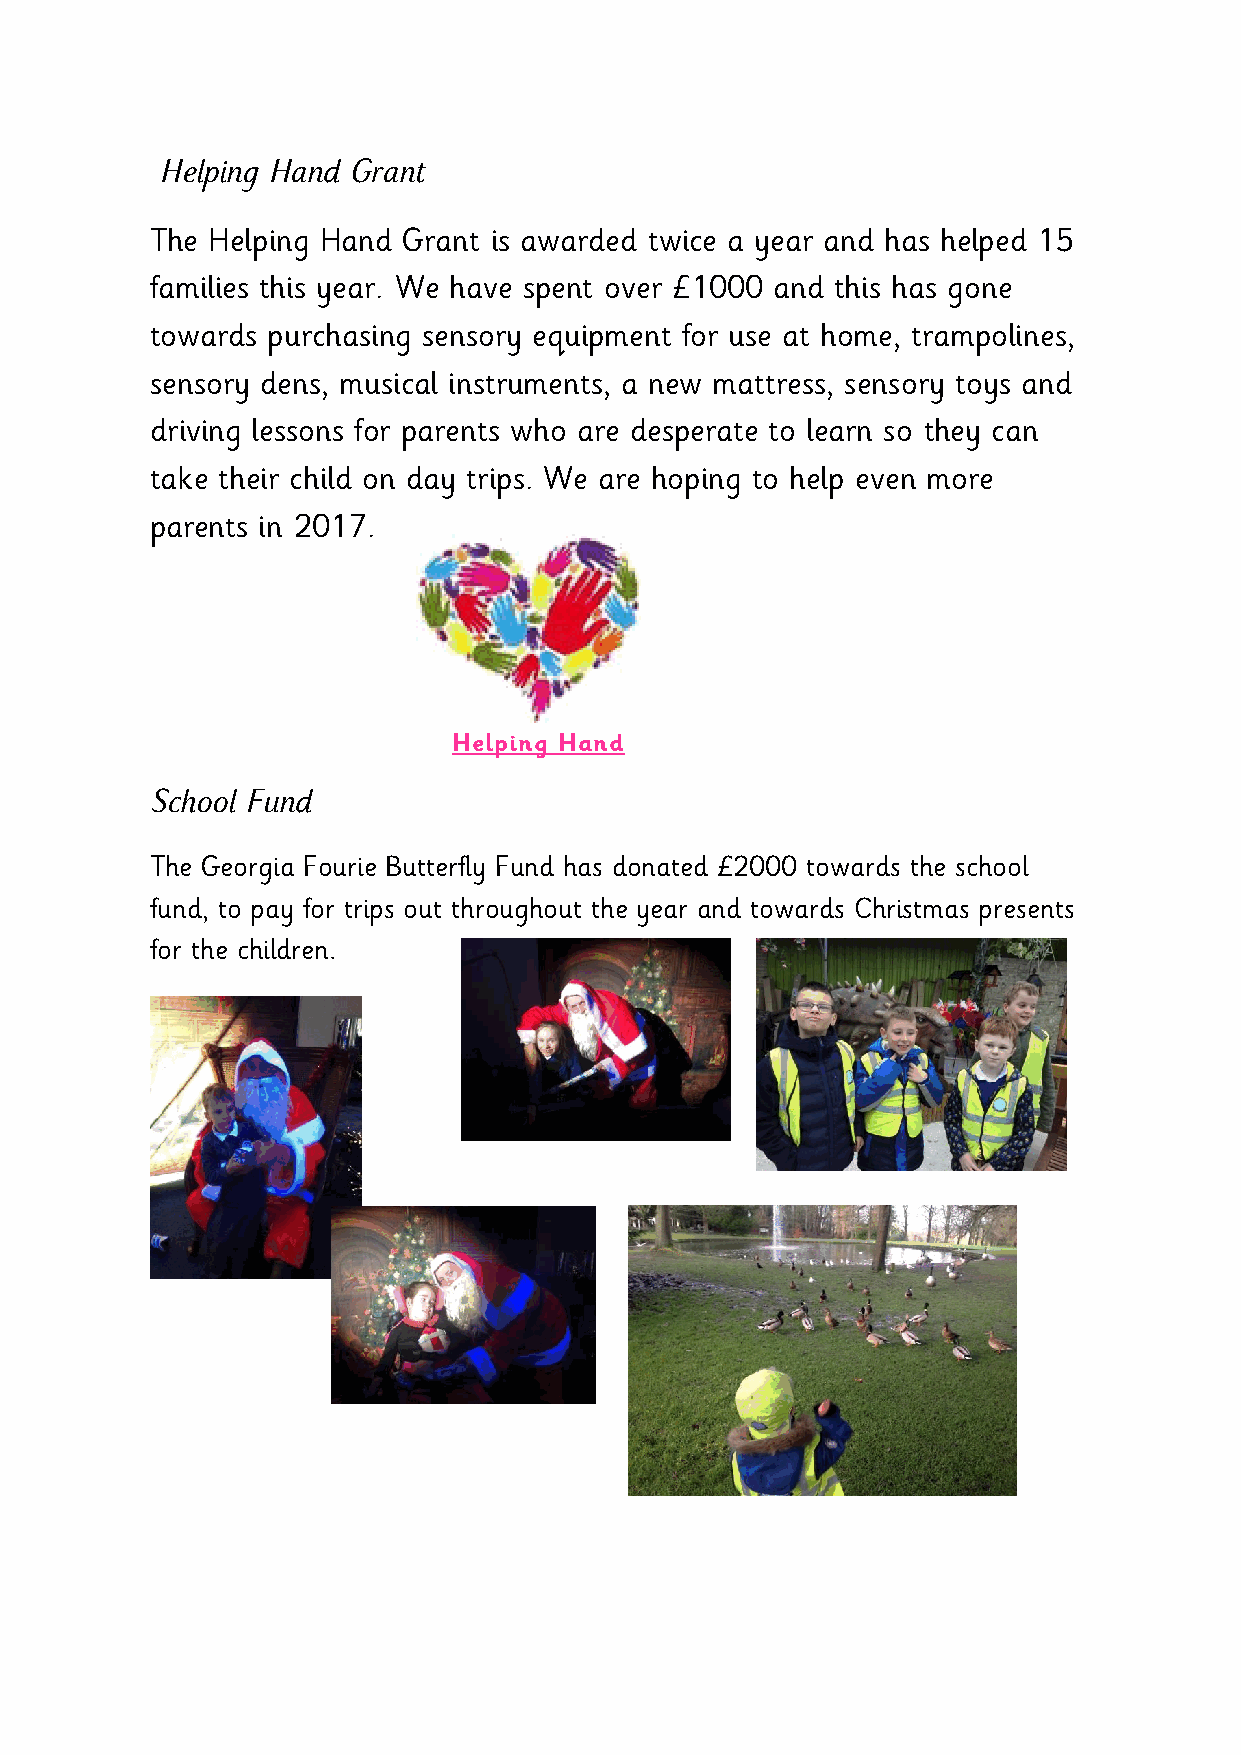
Helping Hand Grant
 The Helping Hand Grant is awarded twice a year and has helped 15
 families this year. We have spent over £1000 and this has gone
 towards purchasing sensory equipment for use at home, trampolines,
 sensory dens, musical instruments, a new mattress, sensory toys and
 driving lessons for parents who are desperate to learn so they can
 take their child on day trips. We are hoping to help even more
 parents in 2017.
 Helping Hand
 School Fund
 The Georgia Fourie Butterfly Fund has donated £2000 towards the school
 fund, to pay for trips out throughout the year and towards Christmas presents
 for the children.